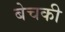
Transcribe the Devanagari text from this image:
बेचकी